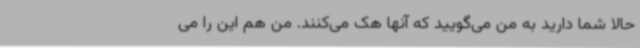
حالا شما دارید به من می‌گویید که آنها هک می‌کنند. من هم این را می